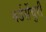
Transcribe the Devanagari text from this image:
बर्डसेंचुरी